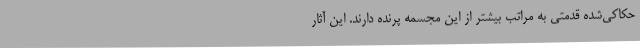
حکاکی‌شده قدمتی به مراتب بیشتر از این مجسمه پرنده دارند. این آثار